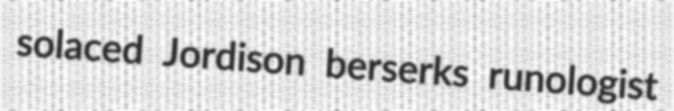
solaced Jordison berserks runologist